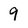
Character: 9